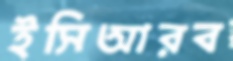
ইসিআরব